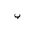
Letter: _ba